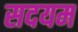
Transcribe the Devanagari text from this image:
सदयम